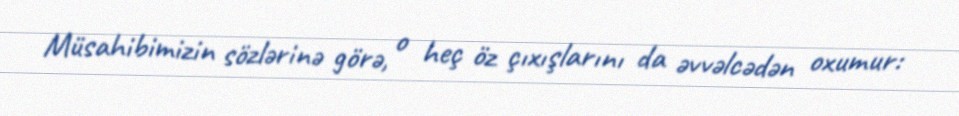
Müsahibimizin sözlərinə görə, o heç öz çıxışlarını da əvvəlcədən oxumur: